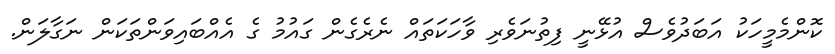
ކޮންމެމީހަކު އަބަދުވެސް އުޅޭނީ ފިތުނަވެރި ވާހަކަތައް ނެރެގެން ގައުމު ގެ އެއްބައިވަންތަކަން ނަގާލަން.